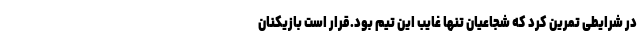
در شرایطی تمرین کرد که شجاعیان تنها غایب این تیم بود.قرار است بازیکنان